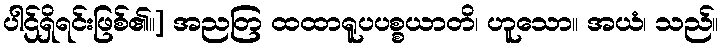
ပါဌ်ရှိရင်းဖြစ်၏။] အညတြ ထထာရူပပစ္စယာတိ၊ ဟူသော။ အယံ၊ သည်။